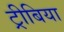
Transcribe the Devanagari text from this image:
ट्रीबिया